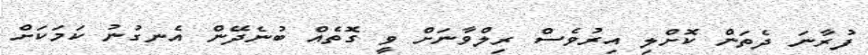
ފުރާނަ ދެތަން ކޮށްލި އިރުވެސް ރިލްވާނަށް ވީ ގޮތެއް ބުނެދޭން އެނގުނު ކަމަކަށް